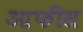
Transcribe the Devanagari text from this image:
आफीस